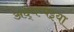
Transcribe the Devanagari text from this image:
अद्धप्पइया